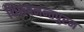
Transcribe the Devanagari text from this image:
थिरुवनन्तपुरम